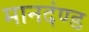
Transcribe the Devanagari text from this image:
मानदंण्ड